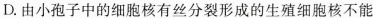
.由小孢子中的细胞核有丝分裂形成的生殖细胞核不能